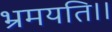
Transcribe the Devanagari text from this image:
भ्रमयति।।